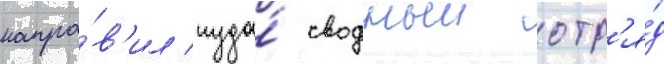
напра́в'ил туда́ сводныи отр'я́д